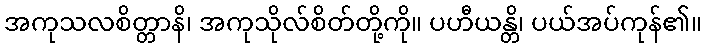
အကုသလစိတ္တာနိ၊ အကုသိုလ်စိတ်တို့ကို။ ပဟီယန္တိ၊ ပယ်အပ်ကုန်၏။